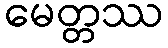
မေတ္တဿ